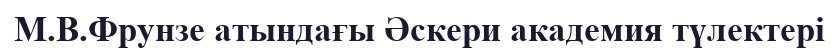
М.В.Фрунзе атындағы Әскери академия түлектері